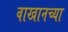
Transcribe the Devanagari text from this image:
वाखानच्या